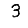
Digit: 3